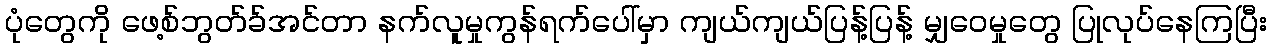
ပုံတွေကို ဖေ့စ်ဘွတ်ခ်အင်တာ နက်လူမှုကွန်ရက်ပေါ်မှာ ကျယ်ကျယ်ပြန့်ပြန့် မျှဝေမှုတွေ ပြုလုပ်နေကြပြီး